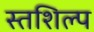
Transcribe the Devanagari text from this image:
स्‍तशिल्प